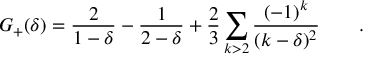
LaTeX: G _ { + } ( \delta ) = \frac { 2 } { 1 - \delta } - \frac { 1 } { 2 - \delta } + \frac { 2 } { 3 } \sum _ { k > 2 } \frac { ( - 1 ) ^ { k } } { ( k - \delta ) ^ { 2 } } ~ ~ ~ ~ ~ ~ .